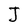
Character: J